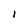
Character: l